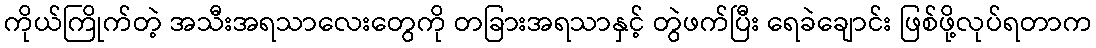
ကိုယ်ကြိုက်တဲ့ အသီးအရသာလေးတွေကို တခြားအရသာနှင့် တွဲဖက်ပြီး ရေခဲချောင်း ဖြစ်ဖို့လုပ်ရတာက